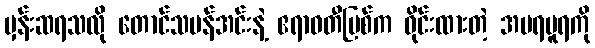
မှန်းဆရသလို တောင်သမန်အင်းနဲ့ ဧရာဝတီမြစ်က ဝိုင်းထားတဲ့ အမရပူရကို